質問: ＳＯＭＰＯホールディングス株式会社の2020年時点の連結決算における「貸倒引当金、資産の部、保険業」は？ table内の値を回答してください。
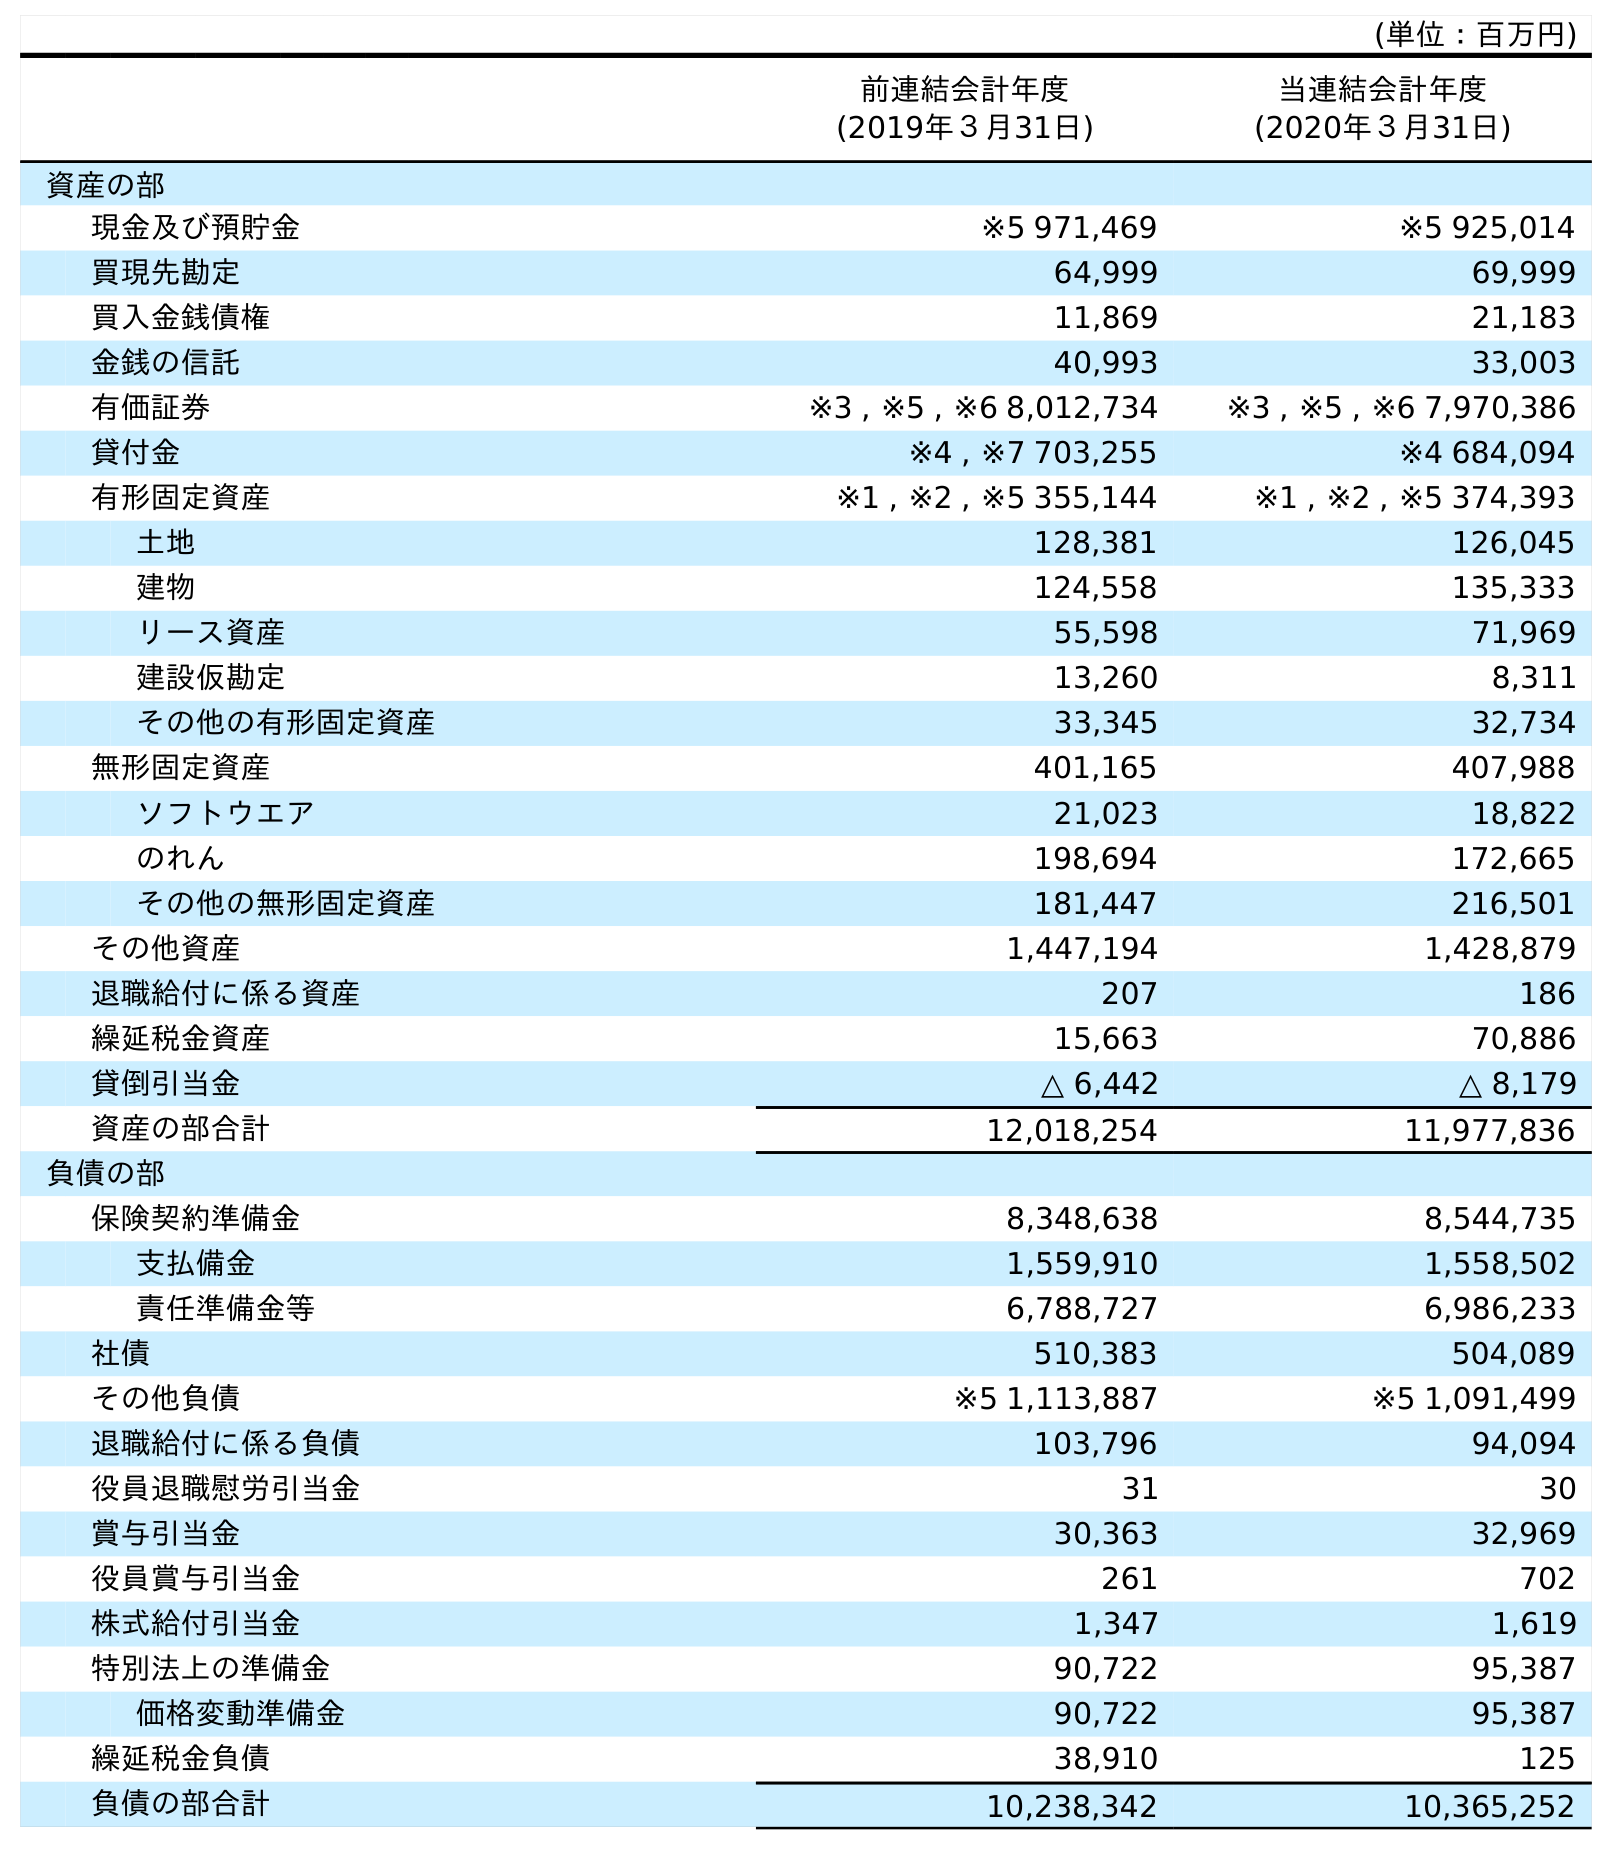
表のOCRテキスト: (単位：百万円) 前連結会計年度 (2019年３月31日) 当連結会計年度 (2020年３月31日) 資産の部 現金及び預貯金 ※5 971,469 ※5 925,014 買現先勘定 64,999 69,999 買入金銭債権 11,869 21,183 金銭の信託 40,993 33,003 有価証券 ※3 , ※5 , ※6 8,012,734 ※3 , ※5 , ※6 7,970,386 貸付金 ※4 , ※7 703,255 ※4 684,094 有形固定資産 ※1 , ※2 , ※5 355,144 ※1 , ※2 , ※5 374,393 土地 128,381 126,045 建物 124,558 135,333 リース資産 55,598 71,969 建設仮勘定 13,260 8,311 その他の有形固定資産 33,345 32,734 無形固定資産 401,165 407,988 ソフトウエア 21,023 18,822 のれん 198,694 172,665 その他の無形固定資産 181,447 216,501 その他資産 1,447,194 1,428,879 退職給付に係る資産 207 186 繰延税金資産 15,663 70,886 貸倒引当金 △ 6,442 △ 8,179 資産の部合計 12,018,254 11,977,836 負債の部 保険契約準備金 8,348,638 8,544,735 支払備金 1,559,910 1,558,502 責任準備金等 6,788,727 6,986,233 社債 510,383 504,089 その他負債 ※5 1,113,887 ※5 1,091,499 退職給付に係る負債 103,796 94,094 役員退職慰労引当金 31 30 賞与引当金 30,363 32,969 役員賞与引当金 261 702 株式給付引当金 1,347 1,619 特別法上の準備金 90,722 95,387 価格変動準備金 90,722 95,387 繰延税金負債 38,910 125 負債の部合計 10,238,342 10,365,252
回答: △8,179